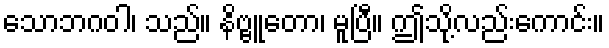
သောဘဂဝါ၊ သည်။ နိဗ္ဗူတော၊ မူပြီ။ ဤသို့လည်းကောင်း။